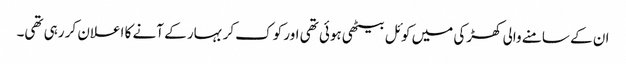
ان کے سامنے والی کھڑکی میں کوئل بیٹھی ہوئی تھی اور کوک کر بہار کے آنے کا اعلان کر رہی تھی۔